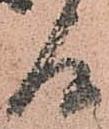
候